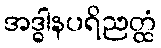
အဒ္ဓါနပရိညတ္ထံ